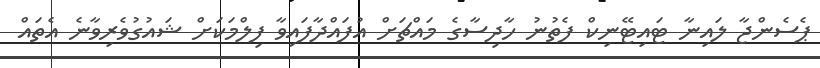
ޕެސެންޖާ ލައިނާ ޓައިޓޭނިކް ފެތުނު ހާދިސާގެ މައްޗަށް އުފައްދާފައިވާ ފިލްމަކަށް ޝައުގުވެރިވާނެ އެތައް